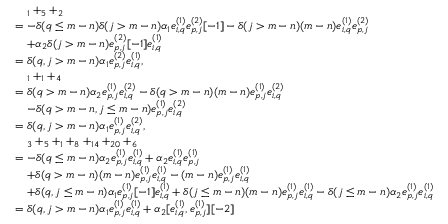
\begin{array} { r l } & { \quad _ { 1 } + _ { 5 } + _ { 2 } } \\ & { = - \delta ( q \leq m - n ) \delta ( j > m - n ) \alpha _ { 1 } e _ { i , q } ^ { ( 1 ) } e _ { p , j } ^ { ( 2 ) } [ - 1 ] - \delta ( j > m - n ) ( m - n ) e _ { i , q } ^ { ( 1 ) } e _ { p , j } ^ { ( 2 ) } } \\ & { \quad + \alpha _ { 2 } \delta ( j > m - n ) e _ { p , j } ^ { ( 2 ) } [ - 1 ] e _ { i , q } ^ { ( 1 ) } } \\ & { = \delta ( q , j > m - n ) \alpha _ { 1 } e _ { p , j } ^ { ( 2 ) } e _ { i , q } ^ { ( 1 ) } , } \\ & { \quad _ { 1 } + _ { 1 } + _ { 4 } } \\ & { = \delta ( q > m - n ) \alpha _ { 2 } e _ { p , j } ^ { ( 1 ) } e _ { i , q } ^ { ( 2 ) } - \delta ( q > m - n ) ( m - n ) e _ { p , j } ^ { ( 1 ) } e _ { i , q } ^ { ( 2 ) } } \\ & { \quad - \delta ( q > m - n , j \leq m - n ) e _ { p , j } ^ { ( 1 ) } e _ { i , q } ^ { ( 2 ) } } \\ & { = \delta ( q , j > m - n ) \alpha _ { 1 } e _ { p , j } ^ { ( 1 ) } e _ { i , q } ^ { ( 2 ) } , } \\ & { \quad _ { 3 } + _ { 5 } + _ { 1 } + _ { 8 } + _ { 1 4 } + _ { 2 0 } + _ { 6 } } \\ & { = - \delta ( q \leq m - n ) \alpha _ { 2 } e _ { p , j } ^ { ( 1 ) } e _ { i , q } ^ { ( 1 ) } + \alpha _ { 2 } e _ { i , q } ^ { ( 1 ) } e _ { p , j } ^ { ( 1 ) } } \\ & { \quad + \delta ( q > m - n ) ( m - n ) e _ { p , j } ^ { ( 1 ) } e _ { i , q } ^ { ( 1 ) } - ( m - n ) e _ { p , j } ^ { ( 1 ) } e _ { i , q } ^ { ( 1 ) } } \\ & { \quad + \delta ( q , j \leq m - n ) \alpha _ { 1 } e _ { p , j } ^ { ( 1 ) } [ - 1 ] e _ { i , q } ^ { ( 1 ) } + \delta ( j \leq m - n ) ( m - n ) e _ { p , j } ^ { ( 1 ) } e _ { i , q } ^ { ( 1 ) } - \delta ( j \leq m - n ) \alpha _ { 2 } e _ { p , j } ^ { ( 1 ) } e _ { i , q } ^ { ( 1 ) } } \\ & { = \delta ( q , j > m - n ) \alpha _ { 1 } e _ { p , j } ^ { ( 1 ) } e _ { i , q } ^ { ( 1 ) } + \alpha _ { 2 } [ e _ { i , q } ^ { ( 1 ) } , e _ { p , j } ^ { ( 1 ) } ] [ - 2 ] } \end{array}